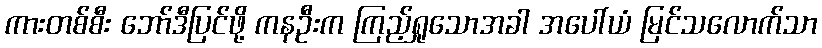
ကားတစ်စီး ဘော်ဒီပြင်ဖို့ ကနဦးက ကြည့်ရှုသောအခါ အပေါ်ယံ မြင်သလောက်သာ